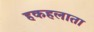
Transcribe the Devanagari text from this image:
हकहलाता